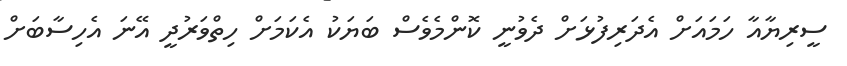
ސީރިޔާއާ ހަމައަށް އެދަރިފުޅަށް ދެވުނީ ކޮންމެވެސް ބަޔަކު އެކަމަށް ހިތްވަރުދީ އޭނަ އެހިސާބަށް